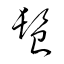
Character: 髫